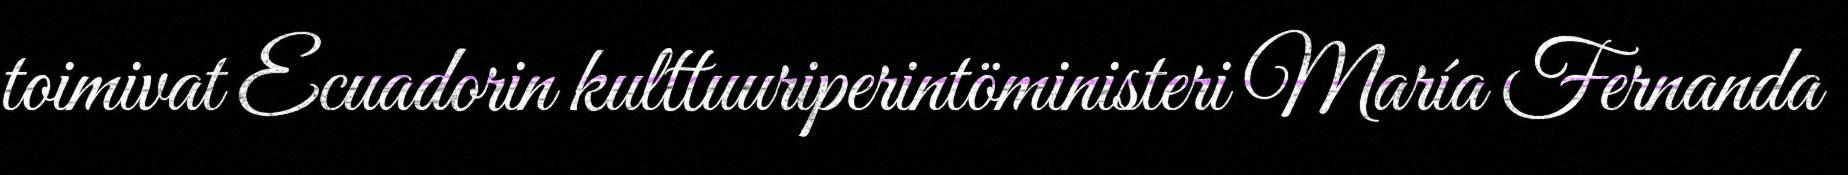
toimivat Ecuadorin kulttuuriperintöministeri María Fernanda